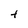
Character: t